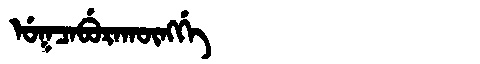
Manchu: ᡠᡴᠴᠠᠪᡠᡵᠠᡴᡡᠩᡤᡝ
Romanization: UKCABURAKŪNGGE